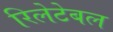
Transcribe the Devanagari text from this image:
रिलेटेबल